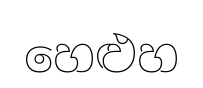
හෙළුහ